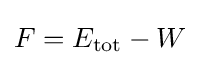
F=E_{\rm {tot}}-W